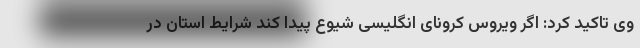
وی تاکید کرد: اگر ویروس کرونای انگلیسی شیوع پیدا کند شرایط استان در